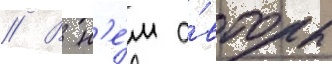
// В н'е́м а́вторы